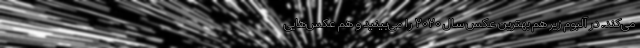
می‌کند. در آلبوم زیر هم بهترین عکس سال ۲۰۲۰ را می‌بینید و هم عکس‌هایی